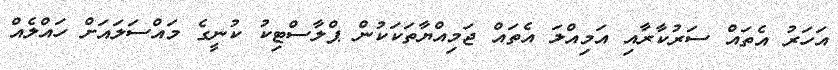
އަހަރު އެތައް ސަރުކާރާއި އަމިއްލަ އެތައް ޖަމިއްޔާތަކަކުން ޕްލާސްޓިކު ކުނީގެ މައްސަލައަށް ހައްލެއް